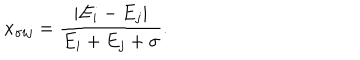
LaTeX: x _ { \sigma i j } = { \frac { | E _ { i } - E _ { j } | } { E _ { i } + E _ { j } + \sigma } } .